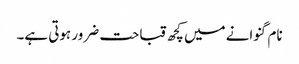
نام گنوانے میں کچھ قباحت ضرور ہوتی ہے۔